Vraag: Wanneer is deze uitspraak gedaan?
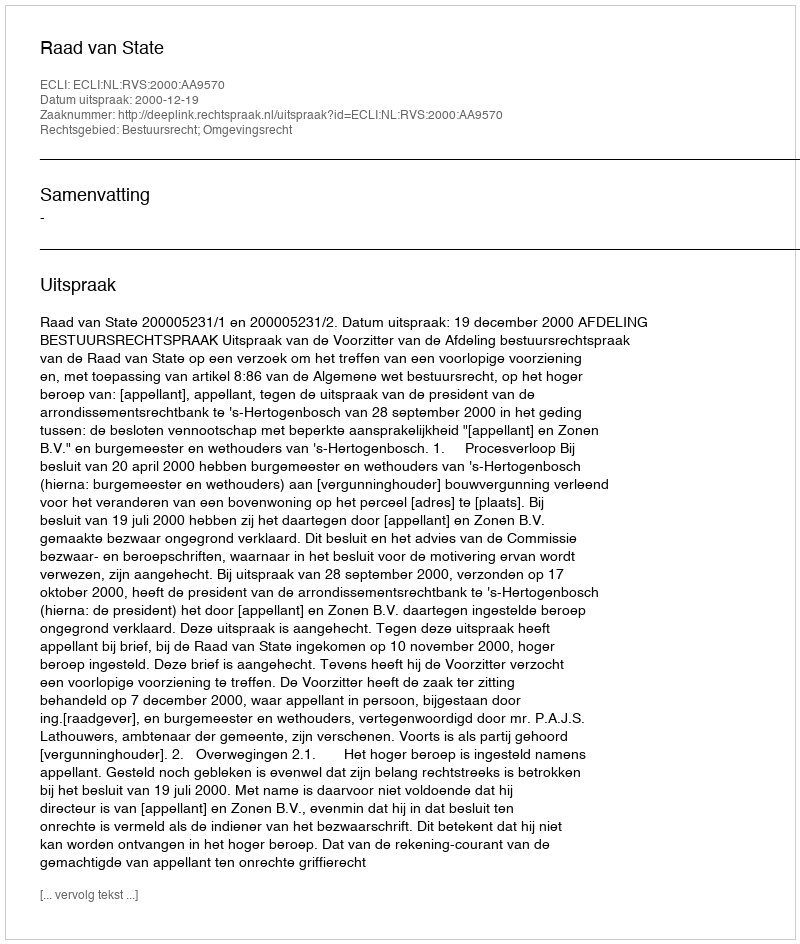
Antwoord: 2000-12-19